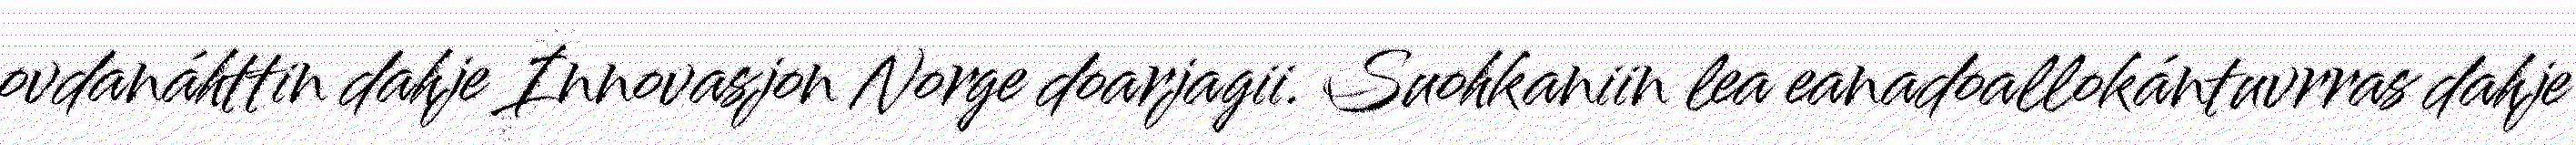
ovdanáhttin dahje Innovasjon Norge doarjagii. Suohkaniin lea eanadoallokántuvrras dahje